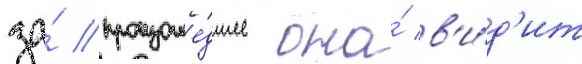
за́ произоше́дшее она́ в'и́д'ит